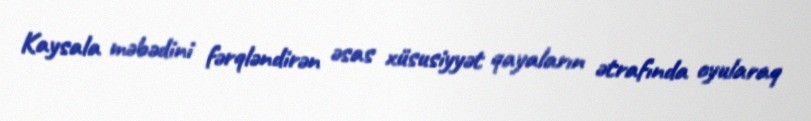
Kaysala məbədini fərqləndirən əsas xüsusiyyət qayaların ətrafında oyularaq